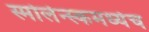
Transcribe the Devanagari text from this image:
स्मोलेन्स्कमध्येच